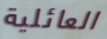
العائلية